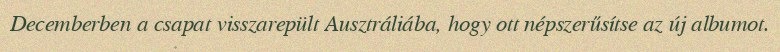
Decemberben a csapat visszarepült Ausztráliába, hogy ott népszerűsítse az új albumot.